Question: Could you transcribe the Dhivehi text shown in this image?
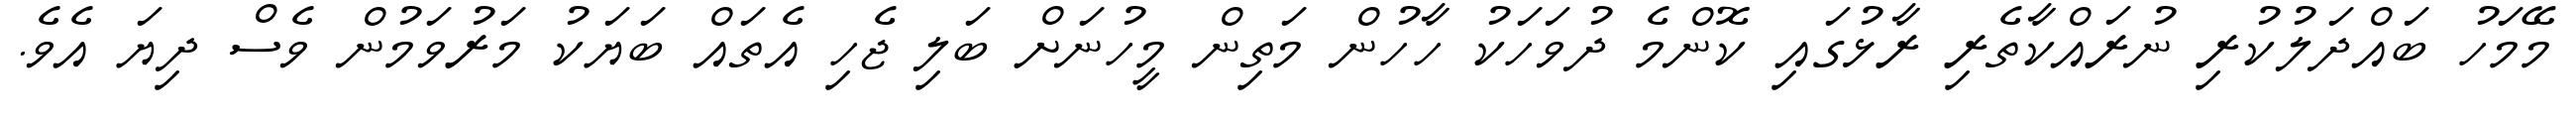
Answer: މޭމަހު ބައްދަލުކުރި ނުރައްކާތެރި ރާޅުގައި ކޮންމެ ދުވަހަކު ހާހުން މަތިން މީހުނަށް ބަލި ޖެހި އެތައް ބަޔަކު މަރުވަމުން ވެސް ދިޔަ އެވެ.